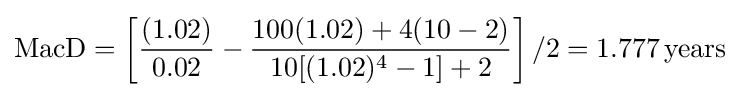
{\text{MacD}}=\left[{\frac {(1.02)}{0.02}}-{\frac {100(1.02)+4(10-2)}{10[(1.02)^{4}-1]+2}}\right]/2=1.777\,{\text{years}}